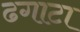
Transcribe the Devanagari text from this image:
ढगाटा